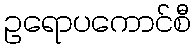
ဥရောပကောင်စီ